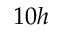
1 0 h